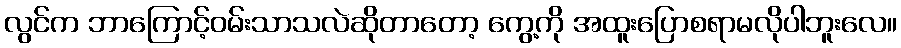
လွင်က ဘာကြောင့်ဝမ်းသာသလဲဆိုတာတော့ ကွေ့ကို အထူးပြောစရာမလိုပါဘူးလေ။